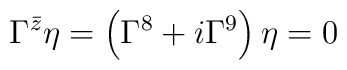
\Gamma^{\bar{z}}\eta=\left(\Gamma^8+i\Gamma^9\right)\eta=0